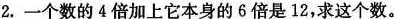
2. 一个数的4倍加上它本身的6倍是12，求这个数。